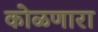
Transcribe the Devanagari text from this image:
कोळणारा